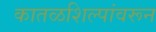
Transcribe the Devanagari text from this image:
कातळशिल्पांवरून